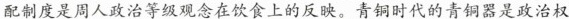
配制度是周人政治等级观念在饮食上的反映。青铜时代的青铜器是政治权